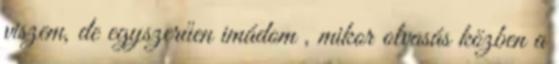
viszem, de egyszerűen imádom , mikor olvasás közben a